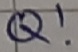
Text: Q!